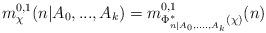
LaTeX: \begin{align*}m_{\chi}^{0,1}(n\vert A_0,...,A_k) = m^{0,1}_{\Phi_{n \vert A_0,....,A_k}^*(\chi)}(n)\end{align*}